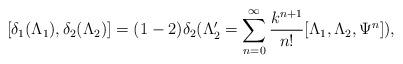
LaTeX: \begin{align*}[\delta _{1} (\Lambda _{1}),\delta _{2} (\Lambda _{2})]=(1-2)\delta_{2}(\Lambda _{2}'=\sum _{n=0}^{\infty} \frac{k^{n+1}}{n!} [\Lambda_{1},\Lambda _{2},\Psi ^{n}]) , \end{align*}